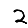
Digit: 2